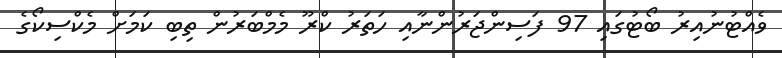
ވެއްޓުނުއިރު ބޯޓުގައި 97 ފަސިންޖަރުންނާއި ހަތަރު ކްރޫ މެމްބަރުން ތިބި ކަމަށް މެކްސިކޯގެ